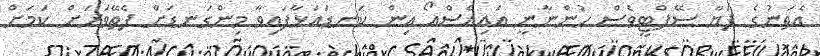
އެތަނުގެ ފަޔާ ސޭފްޓީވެސް ހުންނާނީ އައިއެސްއޯ އިން ކަނޑައަޅާފައިވާ މިންގަނޑަށް ފެތޭވަރަށް ކަމަށް